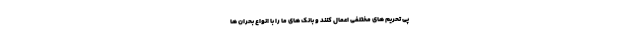
پی تحریم های مختلفی اعمال کنند و بانک های ما را با انواع بحران ها